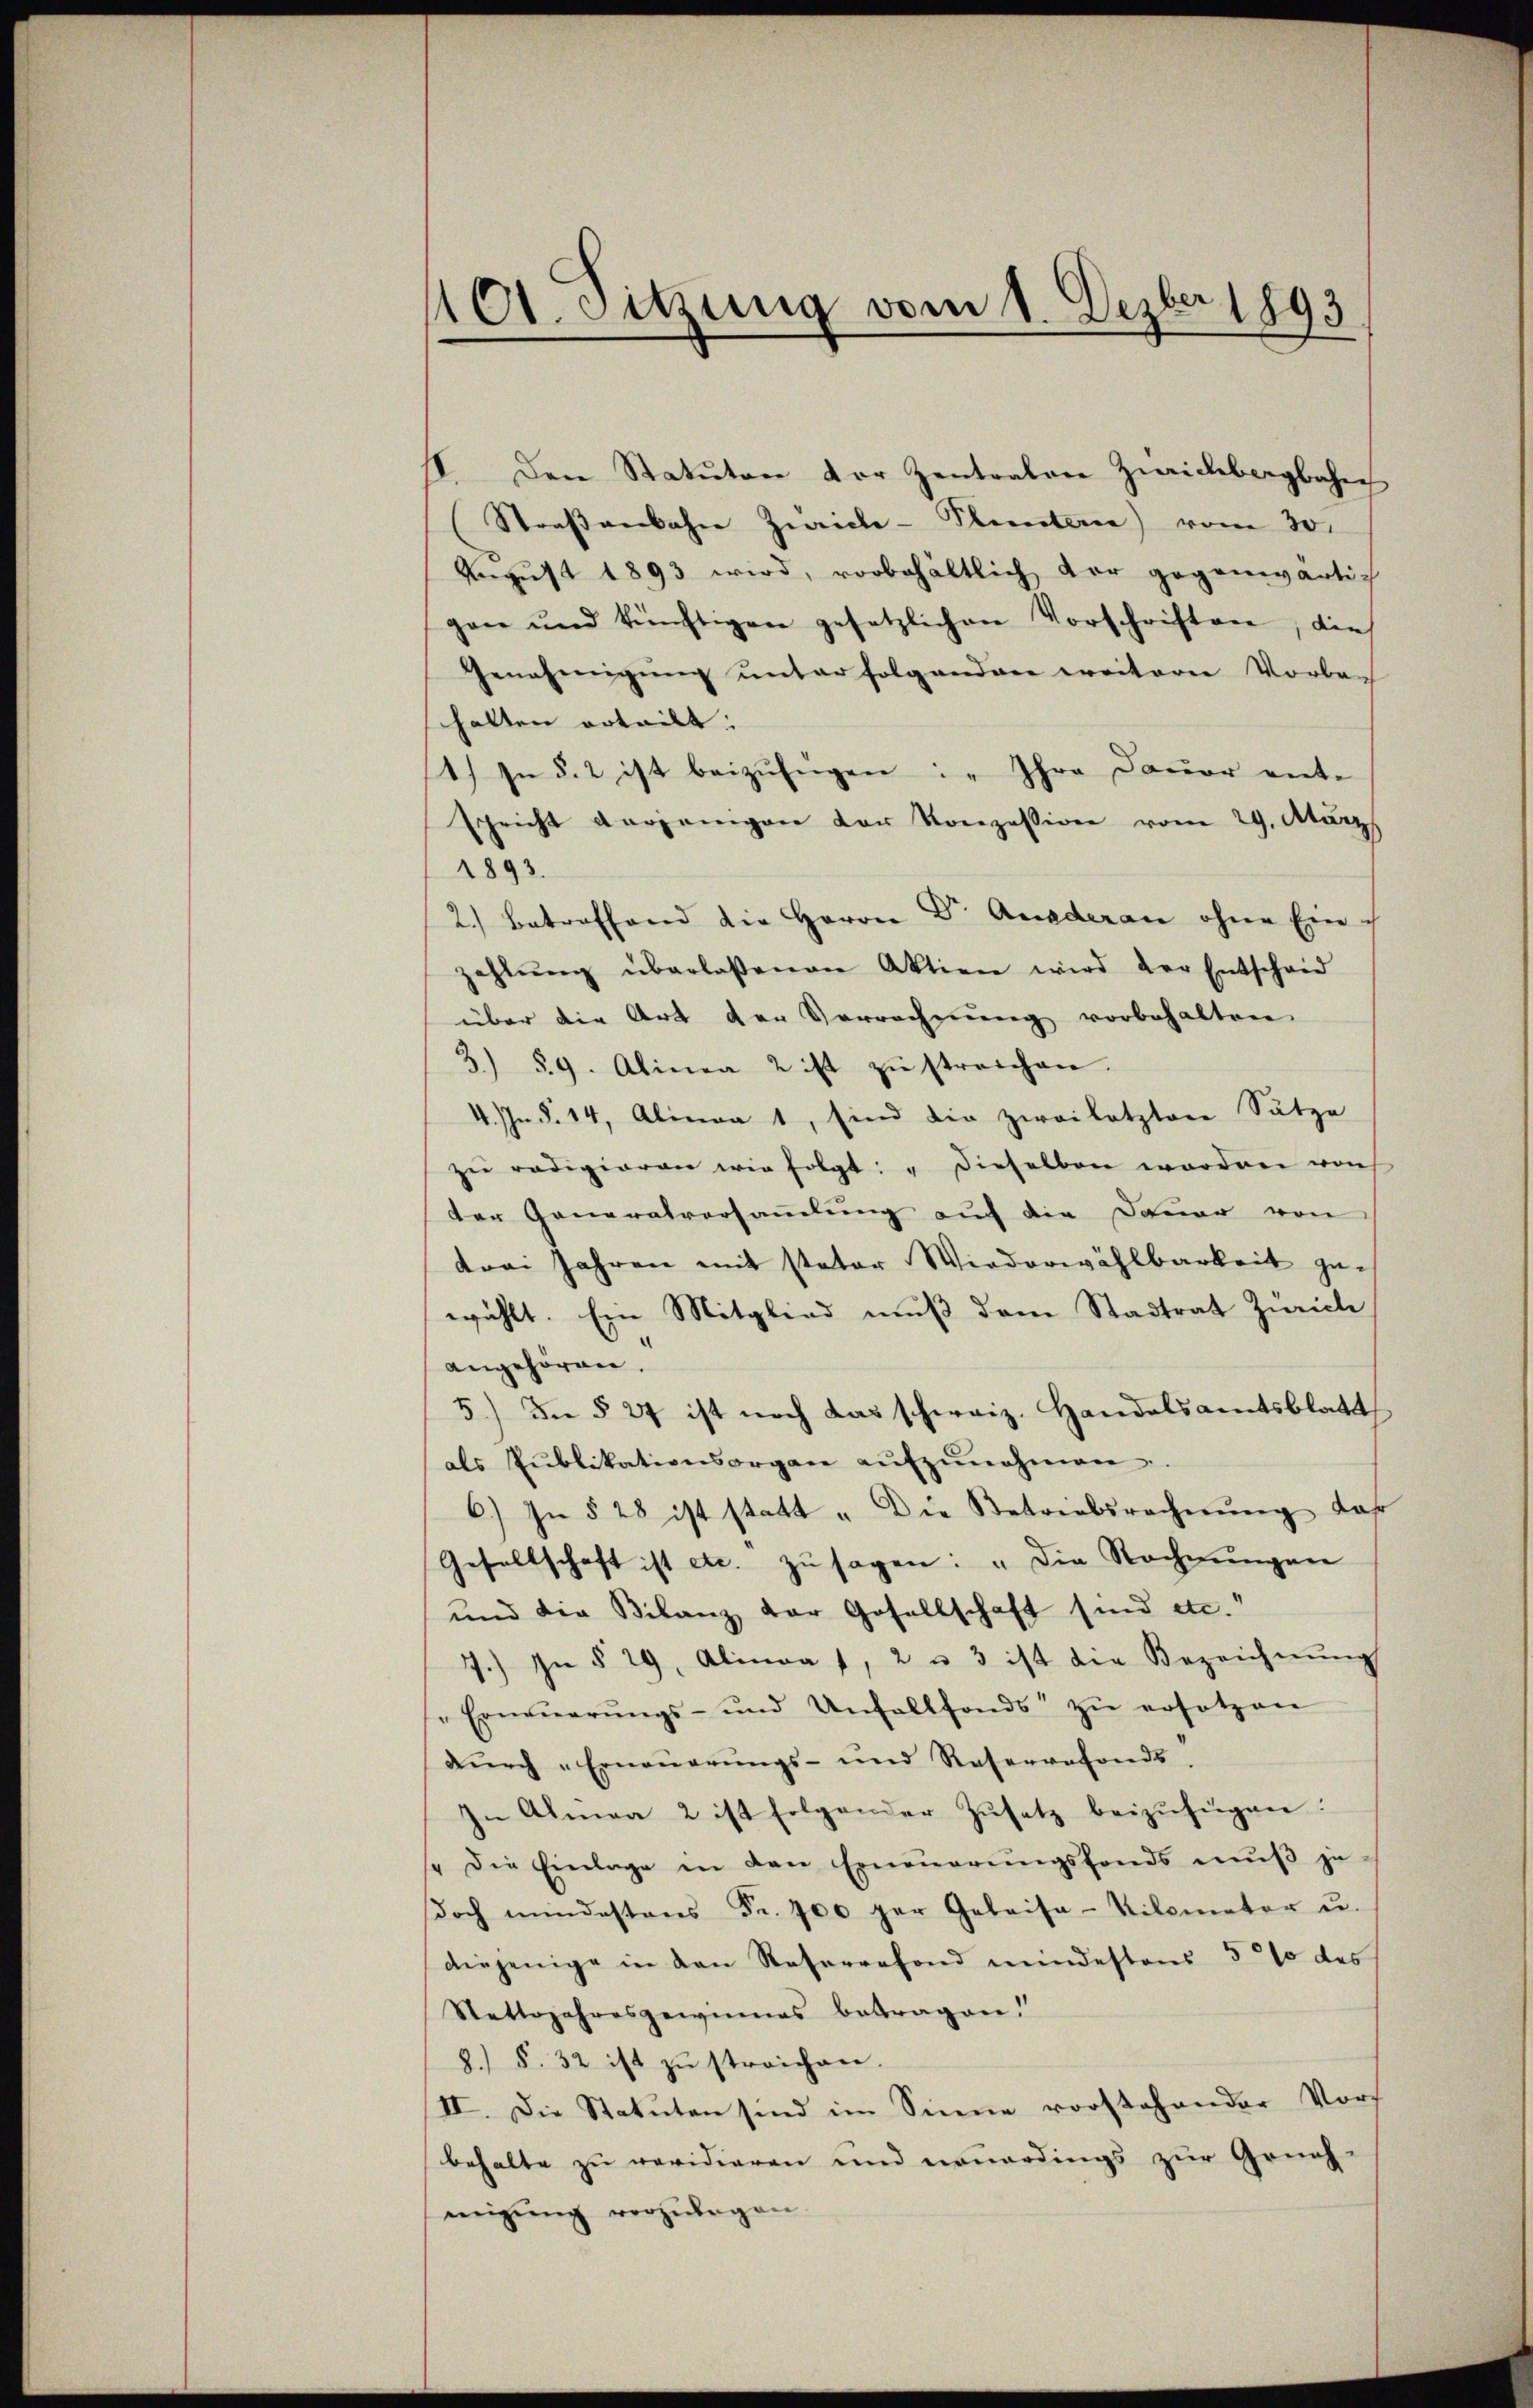
1101. Sitzung vom 1. Dezber 1893

I. Den Statuten der Zentralen Zwichbergbahn
Straβenbahn Zürich-Planten) vom 30.
Aŭgŭst 1893 wird, vorbehältlich der gegenwärtig
gen und künftigen gesetzlichen Vorschriften, dies
Genehmigung unterfolgendere weiterer Vorbach
halten erteilt.
1.) In §. 2 ist beizufügen: „Ihre Dauer ent-
spricht derjenigen der Konzession vom 29. Atarz
1893.
2.) Betroffend die Herrn Dr. Ausderan ohne Ein
zahlŭng überlaßenen Aktien wird der Entscheid
über die Art der Verrechnŭng vorbehalten
3) S. 9. Alinea 2 ist zŭ streichen.
4. In §. 14, Alinea 1, sind die zwailotztere Sätze
zŭ radigieren wir folgt: "dieselben worden von
der Generalversammlung auf die Dauer von
drei Jahren mit stator Wiederwählbarkeit gewählt. Ein Mitglied muß dem Stadtrat Zürich
angehören.
5.) Die § 27 ist noch das schweiz. Handelsamtsblatt
als Publikationsorgen aŭfzŭnehmen.
6) In § 28 ist statt „Die Betriebsrechnŭng Jahr
Gesellschaft ist etc. zu sagen: „Die Rechnungen
und die Bilanz der Gesellschaft sind etc.“
7.) In § 29, Alinea 1, 2 u 3 ist die Bezeichnŭng
Erneŭerŭngs- und Unfallfonds zŭ ersetzen
dŭrch „Erneŭerŭngs- und Reservefonds.
In Alma 2 ist folgender Zŭsetz beizufügen:
/. die Einlage in den Erneŭerŭngsfonds mŭβ je
doch mindestens Fr. 700 per Gebaisa-Kilometer u.
diejenige in den Reservefond mindestens 5 % des
Stattsjahresgewinnes betragen.
8.) S. 32 ist zŭ streichen.
II. Die Statuten sind im Sinne vorstehender Vors
behalte zu revidieren und neuerdings zur Grünh-
migŭng vorzŭlegen.